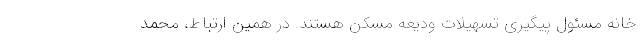
خانه مسئول پیگیری تسهیلات ودیعه مسکن هستند. در همین ارتباط، محمد